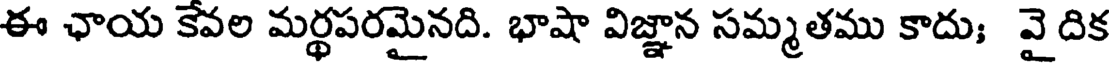
ఈ ఛాయ కేవల మర్థపరమైనది. భాషా విజ్ఞాన సమ్మతము కాదు; వై దిక